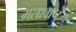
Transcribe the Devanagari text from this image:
मलावाष्टभ